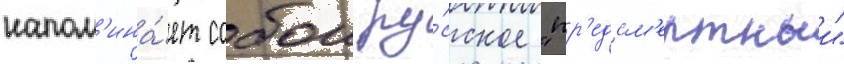
напом'ина́ет собои ру́сское "пр'едсм'ертныи"